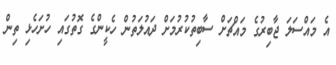
އެ މައްސަލަ ޖާބިރުގެ މައްޗަށް ސާބިތުކުރުމަށް ދައުލަތުން ހެކީންގެ ގޮތުގައި ހުށަހެޅި ތިން